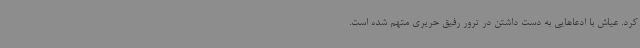
کرد. عیاش با ادعاهایی به دست داشتن در ترور رفیق حریری متهم شده است.